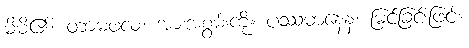
မိမိ၏။ တာမဖလံ၊ အားအစွမ်းကို။ ပဿမာနေန၊ မြင်ခြင်းဖြင့်။